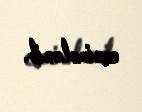
cərimələnib.